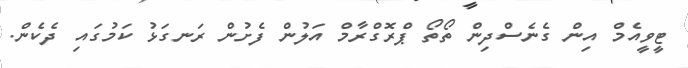
ޓީވީއެމް އިން ގެނެސްދިން ތޯތޯ ޕްރޮގްރާމް އަލުން ފެށުން ރަނގަޅު ކަމުގައި ދެކެން.